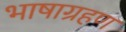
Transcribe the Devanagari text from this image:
भाषाग्रहण